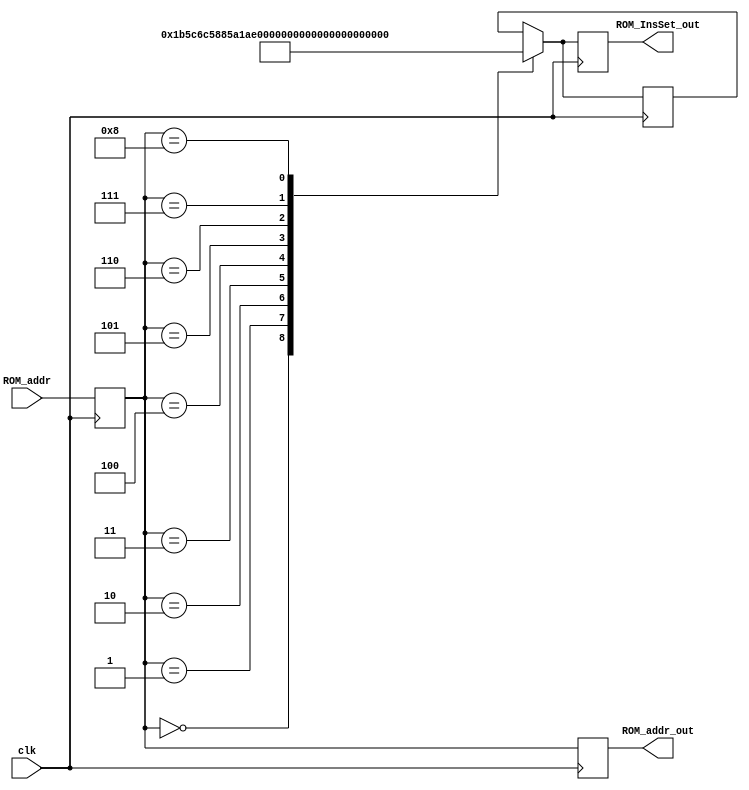
module InsROM(clk, ROM_addr, ROM_addr_out, ROM_InsSet_out);

input clk;
input [15:0] ROM_addr;
output reg [15:0] ROM_addr_out;
reg [15:0] ROM_InsSet;
reg [15:0] temp;
output reg [15:0] ROM_InsSet_out;



//mode  byte    opcode  operand1    operand2    operationtype
//00    00      0000    000         000         00
// byte 10 
// operand, register 16bit
// register1 + register2   = 0000 1000 0100 0101 
// 
//
// initial 
// begin
//     16'b0000000000000000 = 0001000000000000
//     16'b0000000000000010 = 0110001000000000
//     16'b0000000000000100 = 1011111100000000
//     16'b0000000000000110 = 0000000000000000
//     16'b0000000000001000 = 0000000000000000
//     16'b0000000000001010 = 0000000000000000
//     16'b0000000000001100 = 0000000000000000
//     16'b0000000000001110 = 0000000000000000
// end


initial begin
    temp = 16'b0000000000000000;
end

always@(posedge clk) begin

    temp <= ROM_addr;

    case(temp)
    //MOV
    16'b0000000000000000: ROM_InsSet = 16'b0001101101011100; 
    //MVI
    16'b0000000000000001: ROM_InsSet = 16'b0110110001011000; //----> 1 byte
    16'b0000000000000010: ROM_InsSet = 16'b1000010110100001; //----> 2 byte
    //LDA
    16'b0000000000000011: ROM_InsSet = 16'b1010110111001100; //----> 1 byte
    16'b0000000000000100: ROM_InsSet = 16'b1000010001001001; //----> 2 byte
    //ADD
    16'b0000000000000101: ROM_InsSet = 16'b0001000000010101; //----> OP1(Acc Reg = 000) = ??, OP2(register addr = 101) = ??
    //SUB
    16'b0000000000000110: ROM_InsSet = 16'b0001001000011101; //----> OP1(Acc Reg = 000) = ??, OP2(register addr = 111) = ??
    //XOR
    16'b0000000000000111: ROM_InsSet = 16'b0001100101011010; //----> OP1(register addr = 010) = ??, OP2(register addr = 110) = ??
    //AND
    16'b0000000000001000: ROM_InsSet = 16'b0001010010000110; //----> OP1(register addr = 100) = ??, OP2(register addr = 001) = ??
endcase

// case(temp)
//     //MOV
//     16'b0000000000000000: ROM_InsSet = 16'b0001101101011100; 
//     //MVI
//     16'b0000000000000001: ROM_InsSet = 16'b0001000000010101; //----> 1 byte
//     16'b0000000000000010: ROM_InsSet = 16'b0001001000011101; //----> 2 byte
//     //LDA
//     16'b0000000000000011: ROM_InsSet = 16'b0001001000011101; //----> 1 byte
//     16'b0000000000000100: ROM_InsSet = 16'b0001100101011010; //----> 2 byte
//     //ADD
//     16'b0000000000000101: ROM_InsSet = 16'b0001000000010101; //----> OP1(Acc Reg = 000) = ??, OP2(register addr = 101) = ??
//     //SUB
//     16'b0000000000000110: ROM_InsSet = 16'b0001001000011101; //----> OP1(Acc Reg = 000) = ??, OP2(register addr = 111) = ??
//     //XOR
//     16'b0000000000000111: ROM_InsSet = 16'b0001100101011010; //----> OP1(register addr = 010) = ??, OP2(register addr = 110) = ??
//     //AND
//     16'b0000000000001000: ROM_InsSet = 16'b0001010010000110; //----> OP1(register addr = 100) = ??, OP2(register addr = 001) = ??
// endcase

    ROM_addr_out <= temp;
    ROM_InsSet_out <= ROM_InsSet;
end
endmodule